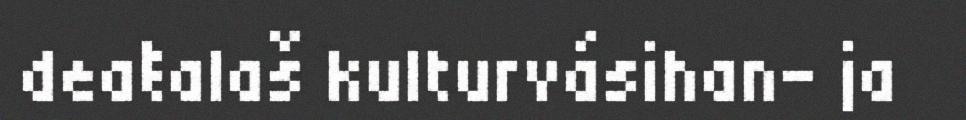
deaŧalaš kulturvásihan- ja